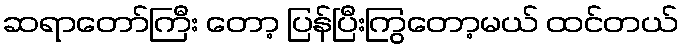
ဆရာတော်ကြီး တော့ ပြန်ပြီးကြွတော့မယ် ထင်တယ်